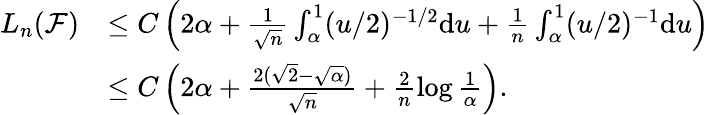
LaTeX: \begin{array}{rl}{L_{n}(\mathcal{F})}&{\leq C\left(2\alpha+\frac{1}{\sqrt{n}}\int_{\alpha}^{1}(u/2)^{-1/2}\mathrm{d}u+\frac{1}{{n}}\int_{\alpha}^{1}(u/2)^{-1}\mathrm{d}u\right)}\\ &{\leq C\left(2\alpha+\frac{2(\sqrt{2}-\sqrt{\alpha})}{\sqrt{n}}+\frac{2}{n}\log\frac{1}{\alpha}\right).}\end{array}